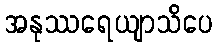
အနုဿရေယျာသိပေ